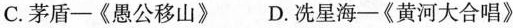
C.茅盾-《愚公移山》 D.冼星海-《黄河大合唱》